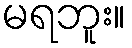
မရဘူး။